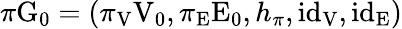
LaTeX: \pi\mathrm{G}_{0}=\left(\pi_{\mathrm{V}}\mathrm{V}_{0},\pi_{\mathrm{E}}\mathrm{E}_{0},h_{\pi},\mathrm{id}_{\mathrm{V}},\mathrm{id}_{\mathrm{E}}\right)